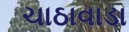
ચાઠાવાડા